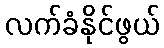
လက်ခံနိုင်ဖွယ်